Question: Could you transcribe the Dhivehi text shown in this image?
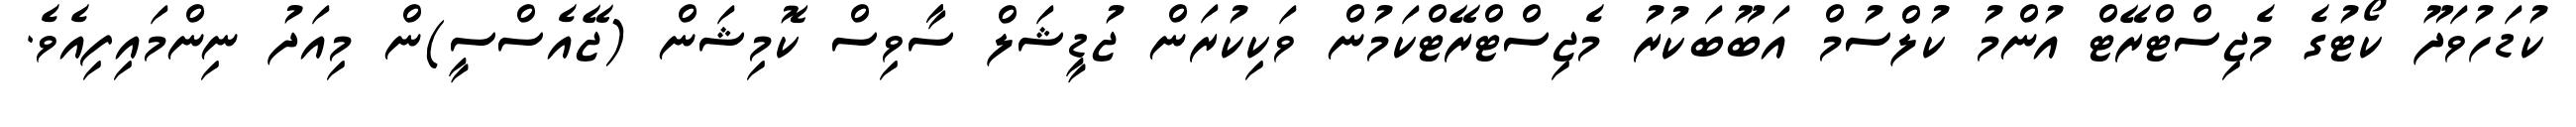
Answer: ކުޑަހުވަދޫ ކޯޓުގެ މެޖިސްޓްރޭޓް އުންމު ކުލްސުމް އަބޫބަކުރު މެޖިސްޓްރޭޓްކަމުން ވަކިކުރަން ޖުޑީޝަލް ސާވިސް ކޮމިޝަން (ޖޭއެސްސީ)ން މިއަދު ނިންމައިފިއެވެ.